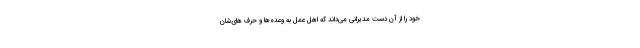
خود را از آن دست مدیرانی می‌داند که اهل عمل به وعده‌ها و حرف های‌شان